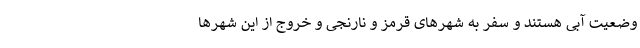
وضعیت آبی هستند و سفر به شهرهای قرمز و نارنجی و خروج از این شهرها